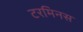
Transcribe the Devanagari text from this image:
टरमिनस